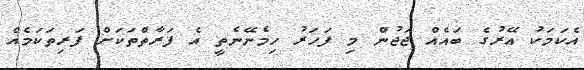
އެކަމަކު އޭރުގެ ބައެއް ޖަޖުން މި ފަހަރު ހިމެނޭނެތީ އެ ފަރާތްތަކަށް ފަރިތަކަމެއް